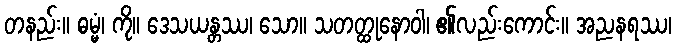
တနည်း။ ဓမ္မံ၊ ကို။ ဒေသယန္တဿ၊ သော။ သတတ္ထုနောဝါ၊ ၏လည်းကောင်း။ အညနရဿ၊